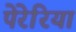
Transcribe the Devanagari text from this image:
पेरेरिया